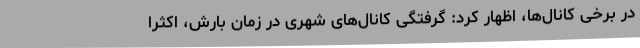
در برخی کانال‌ها، اظهار کرد: گرفتگی کانال‌های شهری در زمان بارش، اکثرا